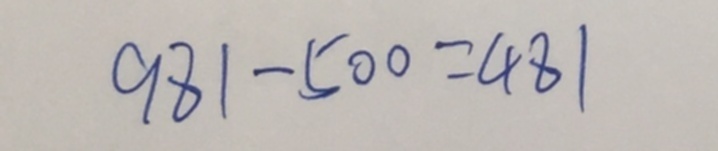
9 8 1 - 5 0 0 = 4 8 1